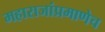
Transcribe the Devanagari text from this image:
महाराजांप्रमाणेच